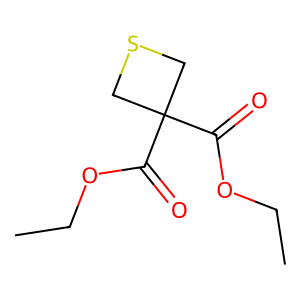
SMILES: CCOC(=O)C1(C(=O)OCC)CSC1
Inhibits HIV replication: No